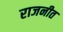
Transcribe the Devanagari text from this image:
राजनीत